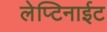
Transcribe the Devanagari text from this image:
लेप्टिनाईट